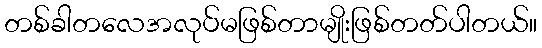
တစ်ခါတလေအလုပ်မဖြစ်တာမျိုးဖြစ်တတ်ပါတယ်။